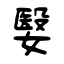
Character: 嫛